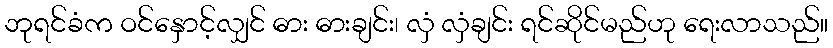
ဘုရင်ခံက ဝင်နှောင့်လျှင် ဓား ဓားချင်း၊ လှံ လှံချင်း ရင်ဆိုင်မည်ဟု ရေးလာသည်။